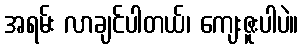
အရမ်း လာချင်ပါတယ်၊ ကျေးဇူးပါပဲ။